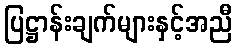
ပြဋ္ဌာန်းချက်များနှင့်အညီ